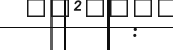
: